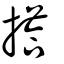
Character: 搭